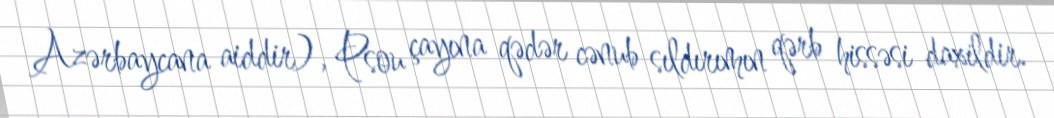
Azərbaycana aiddir), Psou çayına qədər cənub sıldırımın qərb hissəsi daxildir.